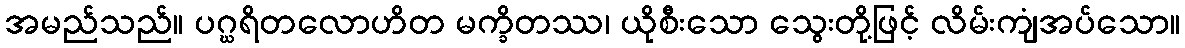
အမည်သည်။ ပဂ္ဃရိတလောဟိတ မက္ခိတဿ၊ ယိုစီးသော သွေးတို့ဖြင့် လိမ်းကျံအပ်သော။